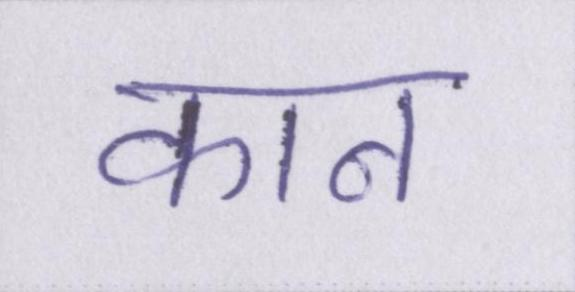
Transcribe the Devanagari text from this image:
कान